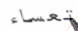
تعساء